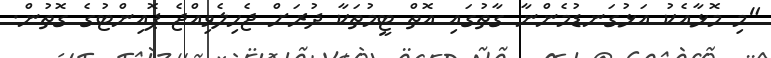
"މި މޮޅާއެކު އަޅުގަނޑުމެންނާ ގާތުގައި އޮތް ޓީމުތަކާ ދުރަށް ޖެހިލެވިއްޖެ ޕޮއިންޓުގެ ގޮތުން.